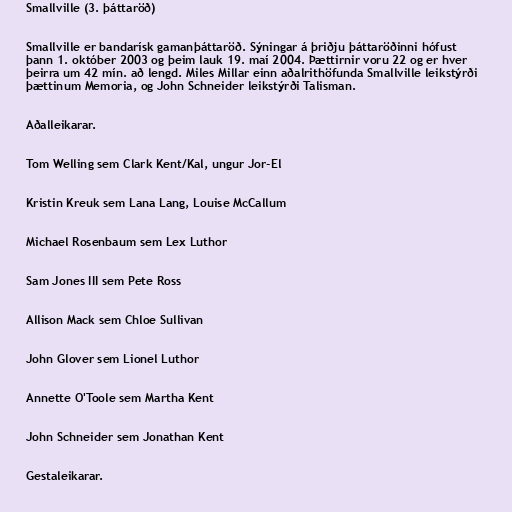
Smallville (3. þáttaröð)

Smallville er bandarísk gamanþáttaröð. Sýningar á þriðju þáttaröðinni hófust
þann 1. október 2003 og þeim lauk 19. maí 2004. Þættirnir voru 22 og er hver
þeirra um 42 mín. að lengd. Miles Millar einn aðalrithöfunda Smallville leikstýrði
þættinum Memoria, og John Schneider leikstýrði Talisman.

Aðalleikarar.

Tom Welling sem Clark Kent/Kal, ungur Jor-El

Kristin Kreuk sem Lana Lang, Louise McCallum

Michael Rosenbaum sem Lex Luthor

Sam Jones III sem Pete Ross

Allison Mack sem Chloe Sullivan

John Glover sem Lionel Luthor

Annette O'Toole sem Martha Kent

John Schneider sem Jonathan Kent

Gestaleikarar.